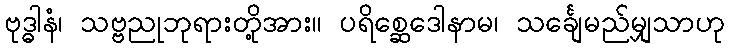
ဗုဒ္ဓါနံ၊ သဗ္ဗညုဘုရားတို့အား။ ပရိစ္ဆေဒေါနာမ၊ သင်္ချေမည်မျှသာဟု